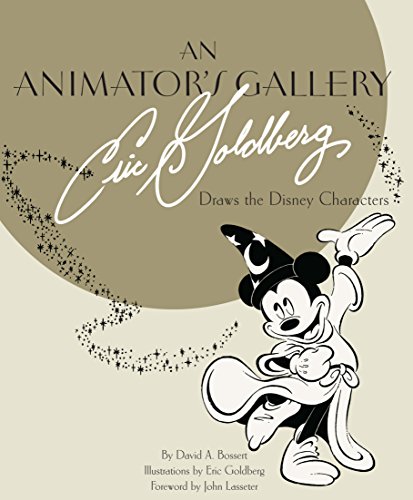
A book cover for An Animator's Gallery: Eric Goldberg Draws the Disney Characters (Disney Editions Deluxe); David A. Bossert; Comics & Graphic Novels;